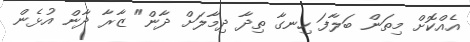
އެއްކޮށް މިތަން ބަލާފަ ހިނގާ ތިދާ ދިމާލަށް ދާން" ޒާރާ ދާން އުޅެން